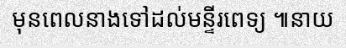
មុនពេលនាងទៅដល់មន្ទីរពេទ្យ ៕នាយ